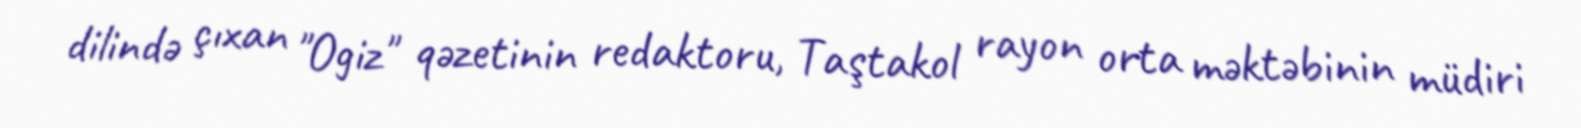
dilində çıxan "Ogiz" qəzetinin redaktoru, Taştakol rayon orta məktəbinin müdiri